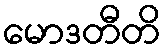
မောဒတီတိ